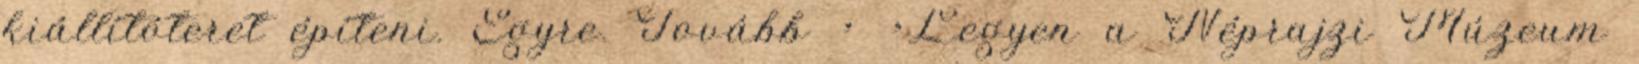
kiállítóteret építeni. Egyre. Tovább › ›Legyen a Néprajzi Múzeum